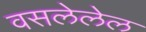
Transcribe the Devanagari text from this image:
वसलेलेल